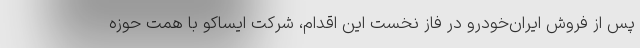
پس از فروش ایران‌خودرو در فاز نخست این اقدام، شرکت ایساکو با همت حوزه